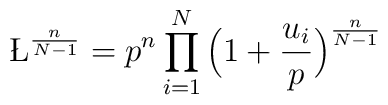
{\L}^{ \frac{n}{N-1} } = p^n \prod_{i=1}^N\Big( 1 + \frac{u_i}{p} \Big)^{ \frac{n}{N-1} }